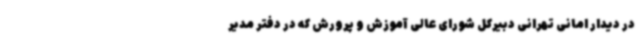
در دیدار امانی تهرانی دبیرکل شورای عالی آموزش و پرورش که در دفتر مدیر